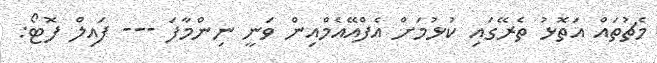
މެޗުތައް އަތޮޅު ތެރޭގައި ކުޅުމަށް އެފްއޭއެމްއިން ވަނީ ނިންމާފަ --- ފައިލް ފޮޓޯ: